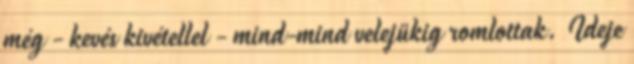
még - kevés kivétellel - mind-mind velejükig romlottak. Ideje